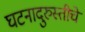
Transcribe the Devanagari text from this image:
घटनादुरुस्तीचे